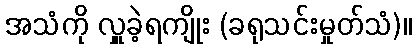
အသံကို လှူခဲ့ရကျိုး (ခရုသင်းမှုတ်သံ)။